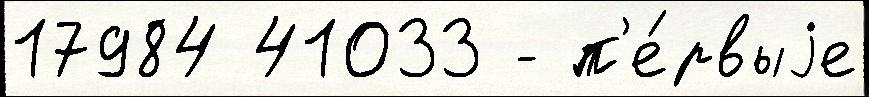
17984 41033 - п'е́рвыjе